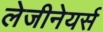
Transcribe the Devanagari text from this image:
लेजीनेयर्स